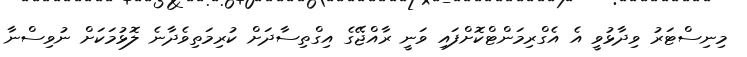
މިނިސްޓަރު ވިދާޅުވީ އެ އެގްރިމަންޓްކޮށްފައި ވަނީ ރާއްޖޭގެ އިގްތިސާދަށް ކުރިމަތިވެދާނެ ލޮޅުމަކަށް ނުވިސްނާ